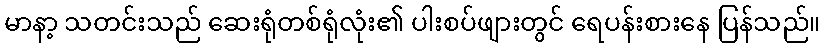
မာနာ့ သတင်းသည် ဆေးရုံတစ်ရုံလုံး၏ ပါးစပ်ဖျားတွင် ရေပန်းစားနေ ပြန်သည်။